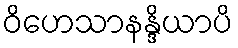
ဝိဟေသာနန္ဒိယာပိ